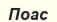
Поас